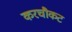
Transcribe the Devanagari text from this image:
करचौकट